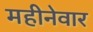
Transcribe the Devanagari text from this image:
महीनेवार